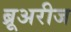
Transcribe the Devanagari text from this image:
ब्रूअरीज